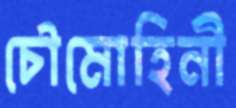
চৌমোহিনী